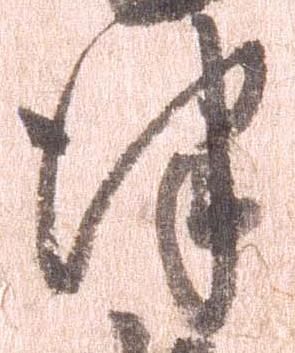
津